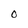
Character: O